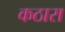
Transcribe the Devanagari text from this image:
कठारा